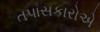
તપાસકારોએ